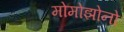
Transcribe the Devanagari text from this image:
मोमोझोनो